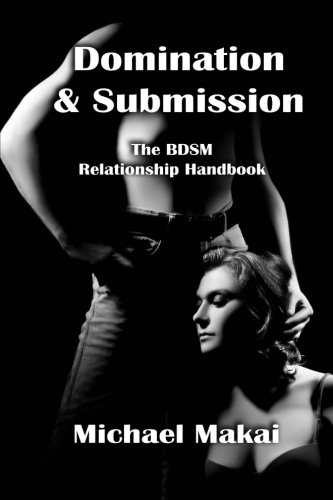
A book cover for Domination & Submission: The BDSM Relationship Handbook; Michael Makai; Health, Fitness & Dieting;